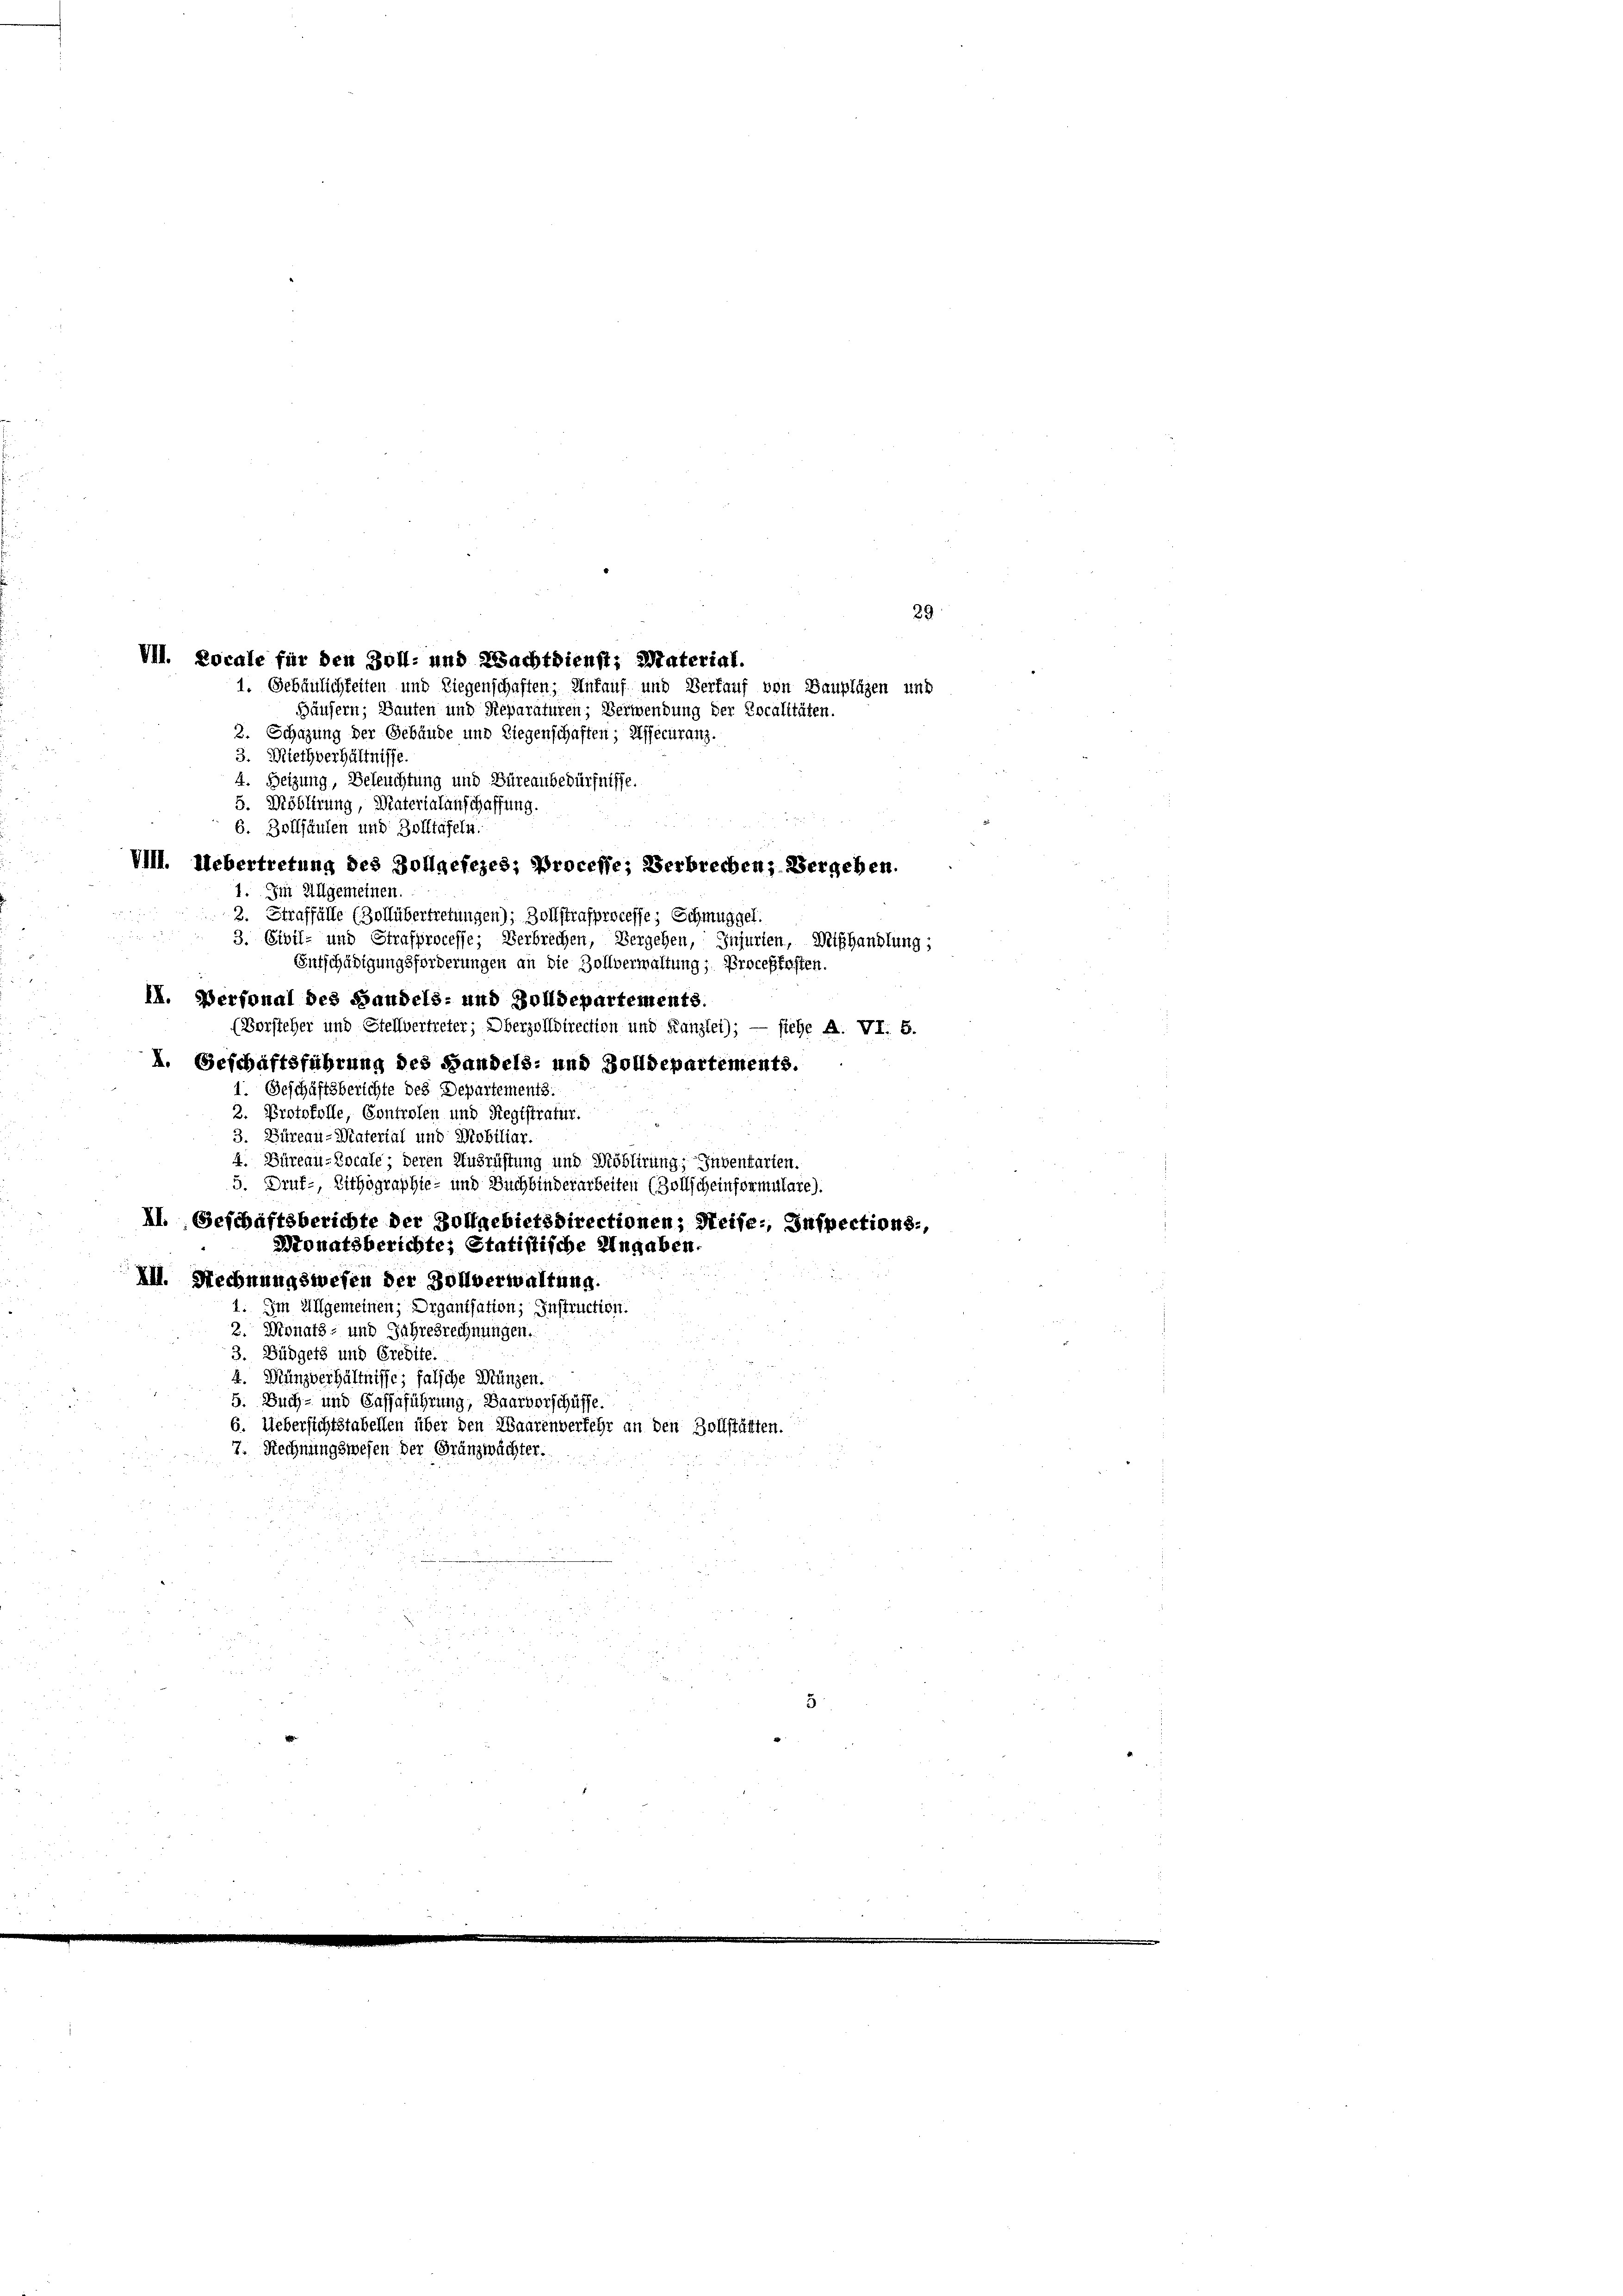
VII. Locale für den Zoll- und Wachtdienst: Material.
1. Gebäulichkeiten und Liegenschaften; Ankauf und Verfauf von Bauplügen und

29
Häusern; Bauten und Reparaturen; Verwendung der Localitäten.
2. Schazung der Gebäude und Liegenschaften; Assecuranz.
3. Miethverhältnisse.
4. Heizung, Beleuchtung und Büreaubedürfnisse.
5. Möblirung, Materialanschaffung.
6. Bollhausen und Zolltafeln.
VIII. Uebertretung des Zollgefezes; Processe; Verbrechen, Vergeben.
1. Im Allgemeinen.
2
2. Straffälle (Zollübertretungen); Zollstrafprocesse; Schmuggel.

3. Civil- und Strafprocesse; Verbrechen, Vergehen, Injurien, Mißhandlung;
Entschädigungsforderungen an die Zollverwaltung; Proceßfosten.
I. Personal des Handels- und Zolldepartements.
(Vorsteher und Stellvertreter; Oberzolldirection und Kanzlei); — siehe A. VI. 5.
I. Geschäftsführung des Handels- und Zolldepartements.
1. Geschäftsberichte des Departements.
2. Protokolle, Controlen und Registrafur.
3. Büreau-Material und Mobiliar.
4. Büreau-Locale; deren Ausrüstung und Rößlirung, Inventarten.
5. Druf-, Zithographie- und Buchbinderarbeiten (Zollscheinformulare).
II. Geschaftsberichte der Zollgebietsdirectionen; Weise., Inspections-,
Wonatsberichte; Statistische Ungaben.
XII. Rechnungswesen der Zollverwaltung.
1. Im Allgemeinen; Organisation; Instruction.
2. Donats- und Jahresrechnungen.
3. Büdgets und Credite.
4. Münzverhältnisse; falsche Münzen.
5. Buch- und Cassaführung, Baarverschüsse.
6. Uebersichtstabellen über den Waarenverkehr an den Zollstätten.
7. Rechnungswesen der Gränzwächter.